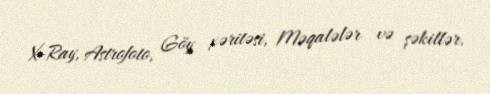
X-Ray, Astrofoto, Göy xəritəsi, Məqalələr və şəkillər.